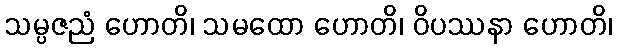
သမ္ပဇညံ ဟောတိ၊ သမထော ဟောတိ၊ ဝိပဿနာ ဟောတိ၊